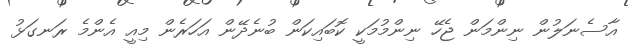
އާސެނަލުން ނިންމަން ޖެހޭ ނިންމުމަކީ ކޮބައިކަން ބުނެދޭން އަހަރެން މިއީ އެންމެ ރަނގަޅު